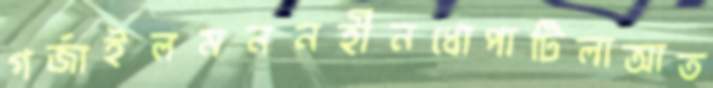
গর্‌জাইলমননহীনধোপাটিলাআত